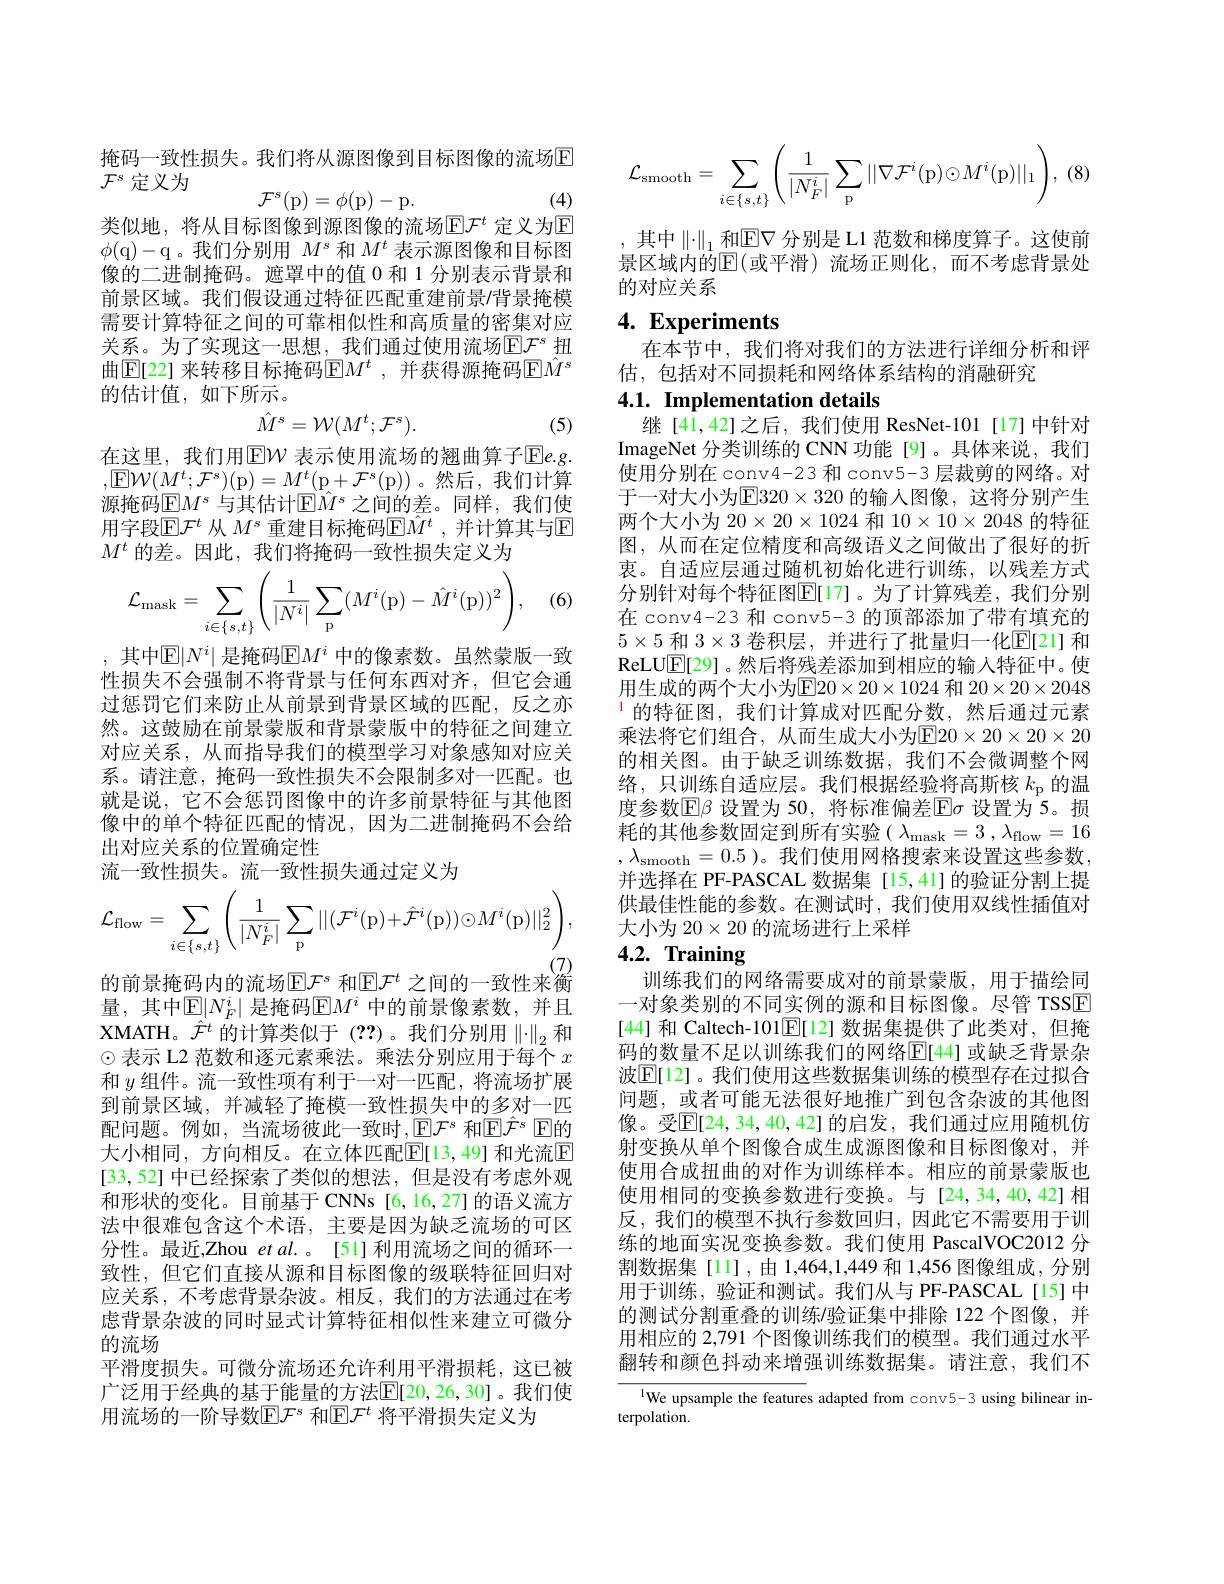
掩码一致性损失。我们将从源图像到目标图像的流场E
$\mathcal{F}^{s}$定义为
$$\mathcal{F}^s(\mathrm{p})=\phi(\mathrm{p})-\mathrm{p}.$$
(4)

类似地，将从目标图像到源图像的流场$\mathbb{E}\mathcal{F}^t$ 定义为E $\phi($q)-q。我们分别用$M^s$和$M^t$表示源图像和目标图像的二进制掩码。遮罩中的值 0 和 1 分别表示背景和前景区域。我们假设通过特征匹配重建前景$\prime$背景掩模需要计算特征之间的可靠相似性和高质量的密集对应关系。为了实现这一思想，我们通过使用流场$\mathbb{E}\mathcal{F}^s$ 扭曲$\mathbb{E}$[22] 来转移目标掩码$\mathbb{E}M^t$ ,并获得源掩码$\hat{\mathbb{E}}\hat{M}^s$ 的估计值，如下所示。
$$\hat{M}^{s}=\mathcal{W}(M^{t};\mathcal{F}^{s}).$$
(5)

在这里，我们用$\mathbb{E}\mathcal{W}$ 表示使用流场的翘曲算子$\mathbb{E}e.g.$ $,因W(M^{t};\mathcal{F}^{s})($p$)=M^t($p$+\mathcal{F}^s($p))。然后，我们计算源掩码$\operatorname{E}M^s$ 与其估计$\operatorname{E}M^s$ 之间的差。同样，我们使用字段$\mathbb{E}\mathcal{F}^t$ 从 $M^s$ 重建目标掩码$\mathbb{E}\hat{M}^t$ ,并计算其与E $M^t$的差。因此，我们将掩码一致性损失定义为

(6)
$$\mathcal{L}_{\mathrm{mask}}=\sum_{i\in\{s,t\}}\left(\frac{1}{|N^i|}\sum_{\mathrm{p}}(M^i(\mathrm{p})-\hat{M}^i(\mathrm{p}))^2\right),$$
, 其中$\mathbb{E}|N^i|$ 是掩码$\mathbb{E}M^i$ 中的像素数。虽然蒙版一致性损失不会强制不将背景与任何东西对齐，但它会通过惩罚它们来防止从前景到背景区域的匹配，反之亦然。这鼓励在前景蒙版和背景蒙版中的特征之间建立对应关系，从而指导我们的模型学习对象感知对应关系。请注意，掩码一致性损失不会限制多对一匹配。也就是说，它不会惩罚图像中的许多前景特征与其他图像中的单个特征匹配的情况，因为二进制掩码不会给出对应关系的位置确定性
流一致性损失。流一致性损失通过定义为
$$\mathcal{L}_{\mathrm{flow}}=\sum_{i\in\{s,t\}}\left(\frac{1}{|N_{F}^{i}|}\sum_{\mathrm{p}}||(\mathcal{F}^{i}(\mathrm{p})+\hat{\mathcal{F}}^{i}(\mathrm{p}))\odot M^{i}(\mathrm{p})||_{2}^{2}\right),$$
的前景掩码内的流场$\mathbb{E}\mathcal{F}^s$ 和$\mathbb{E}\mathcal{F}^t$ 之间的一致性来衡量，其中$\mathbb{E}|N_F^i|$ 是掩码$\mathbb{E}M^i$ 中的前景像素数，并且XMATH。$\hat{\mathcal{F}}^t$的计算类似于(??)。我们分别用$\left\|\cdot\right\|_2$和© 表示 L2 范数和逐元素乘法。乘法分别应用于每个$x$ 和$y$组件。流一致性项有利于一对一匹配，将流场扩展到前景区域，并减轻了掩模一致性损失中的多对一匹配问题。例如，当流场彼此一致时，E$\mathcal{F}^s$ 和$\mathbb{E}^s$ TE的大小相同，方向相反。在立体匹配$\boxed{\mathbb{E}}[13,49]$ 和光流$\boxed{\mathbb{E}}$ [33,52] 中已经探索了类似的想法，但是没有考虑外观和形状的变化。目前基于 CNNs [6,16,27] 的语义流方法中很难包含这个术语，主要是因为缺乏流场的可区分性。最近，Zhou et al. 。[51] 利用流场之间的循环一致性，但它们直接从源和目标图像的级联特征回归对应关系，不考虑背景杂波。相反，我们的方法通过在考虑背景杂波的同时显式计算特征相似性来建立可微分的流场
平滑度损失。可微分流场还允许利用平滑损耗，这已被广泛用于经典的基于能量的方法$\underline{\mathrm{E}}[20,26,30]$。我们使用流场的一阶导数$\mathbb{E}\mathcal{F}^s$ 和$\mathbb{E}\mathcal{F}^t$ 将平滑损失定义为

(8
$$\mathcal{L}_{\mathrm{smooth}}=\sum_{i\in\{s,t\}}\left(\frac{1}{|N_F^i|}\sum_{\mathrm{p}}||\nabla\mathcal{F}^i(\mathrm{p})\odot M^i(\mathrm{p})||_1\right),$$
其中$\left\|\cdot\right\|_1$和$\operatorname{E}\nabla$ 分别是 L1 范数和梯度算子。这使前景区域内的$\bar{\mathbb{E}}($或平滑)流场正则化，而不考虑背景处的对应关系

# 4. Experiments

在本节中，我们将对我们的方法进行详细分析和评
估，包括对不同损耗和网络体系结构的消融研究

## 4.1. Implementation details

继[41,42]之后，我们使用 ResNet-101[17]中针对ImageNet 分类训练的 CNN 功能 [9]。具体来说，我们使用分别在 conv4-23 和 conv5-3 层裁剪的网络。对于一对大小为$\boxed{\mathrm{E}}320\times320$ 的输入图像，这将分别产生两个大小为$20\times20\times1024$和$10\times10\times2048$的特征图，从而在定位精度和高级语义之间做出了很好的折衷。自适应层通过随机初始化进行训练，以残差方式分别针对每个特征图$\mathbb{E}[17]$。为了计算残差，我们分别在 conv4-23 和 conv5-3 的顶部添加了带有填充的$5\times5$和$3\times3$卷积层，并进行了批量归一化$\mathbb{E}[21]$和ReLU$\mathbb{E}[29]$。然后将残差添加到相应的输入特征中。使用生成的两个大小为E$20\times 20\times 1024$ 和 $20\times20\times2048$ $^{1}$的特征图，我们计算成对匹配分数，然后通过元素乘法将它们组合，从而生成大小为E$20\times 20\times 20\times 20$ 的相关图。由于缺乏训练数据，我们不会微调整个网络，只训练自适应层。我们根据经验将高斯核$k_\mathrm{p}$的温度参数$\mathbb{E}\beta$ 设置为 50, 将标准偏差$\mathbb{E}\sigma$ 设置为 5。损耗的其他参数固定到所有实验( $\lambda_\mathrm{mask}=3,\lambda_\mathrm{flow}=16$ , $\lambda _{\mathrm{smooth}}= 0. 5$ )。我们使用网格搜索来设置这些参数， 并选择在 PF-PASCAL 数据集[15,41]的验证分割上提供最佳性能的参数。在测试时，我们使用双线性插值对大小为$20\times20$的流场进行上采样
4.2. Training

训练我们的网络需要成对的前景蒙版，用于描绘同一对象类别的不同实例的源和目标图像。尽管 TSSE [44] 和 Caltech-101$\mathbb{E}[$12] 数据集提供了此类对，但掩码的数量不足以训练我们的网络$\mathbb{E}[$44] 或缺乏背景杂波$\boxed{\mathbb{E}}[12]$。我们使用这些数据集训练的模型存在过拟合问题，或者可能无法很好地推广到包含杂波的其他图像。受$\mathbb{E}[24,34,40,42]$ 的启发，我们通过应用随机仿射变换从单个图像合成生成源图像和目标图像对，并使用合成扭曲的对作为训练样本。相应的前景蒙版也使用相同的变换参数进行变换。与[24,34,40,42]相反，我们的模型不执行参数回归，因此它不需要用于训练的地面实况变换参数。我们使用 PascalVOC2012 分割数据集[11],由1，464,1,449 和 1,456 图像组成，分别用于训练，验证和测试。我们从与 PF-PASCAL[15]中的测试分割重叠的训练/验证集中排除 122 个图像，并用相应的 2,791 个图像训练我们的模型。我们通过水平翻转和颜色抖动来增强训练数据集。请注意，我们不

${{^{1}\text{We upsample the feature}}}$s adapted from conv5-3 using bilinear in-
terpolation.